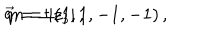
\vec { q } = \pm ( 1 , 1 , - 1 , - 1 ) \, , \hspace { 1 c m } m = | z _ { 3 } | \, ,